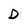
Character: D